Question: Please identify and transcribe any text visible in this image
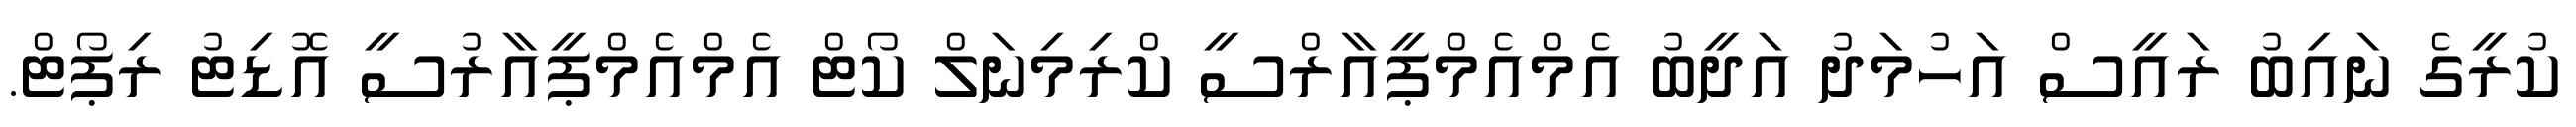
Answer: ކުރީގެ ނައިބު ރައީސް އަހުމަދު އަދީބު އެމްއެމްޕީއާރްސީ ކްރިމިނަލް ކޯޓް އެމްއެމްޕީއާރުސީ އޮޑިޓު ރިޕޯޓް.